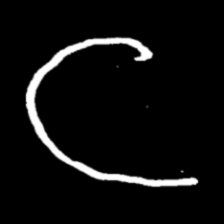
Pyu character \u2014 Myanmar letter: င (romanized: nga)